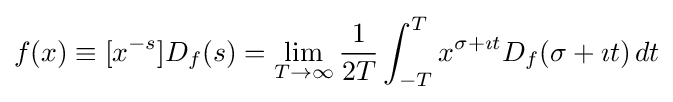
f(x)\equiv [x^{-s}]D_{f}(s)=\lim _{T\rightarrow \infty }{\frac {1}{2T}}\int _{-T}^{T}x^{\sigma +\imath t}D_{f}(\sigma +\imath t)\,dt